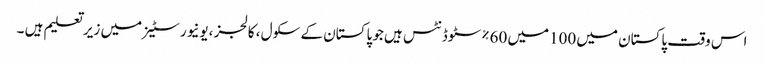
اس وقت پاکستان میں 100میں 60%سٹوڈنٹس ہیں جو پاکستان کے سکول ، کالجز ،یونیورسٹیز میں زیر تعلیم ہیں ۔